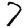
Digit: 7